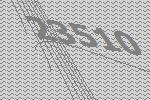
23510